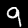
Digit: 9